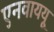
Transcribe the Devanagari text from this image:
एनवाययू